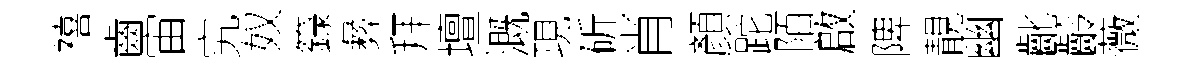
禧齒宙究奴籙彜拜壇溉現斫肖顏跎陌啟陴靚幽齔齡薇